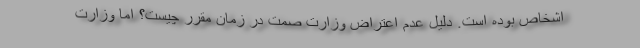
اشخاص بوده است. دلیل عدم اعتراض وزارت صمت در زمان مقرر چیست؟ اما وزارت